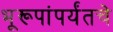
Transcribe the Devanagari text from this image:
भूरूपांपर्यंतचे